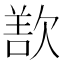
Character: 𬅬